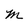
Character: M